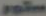
ستور